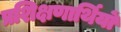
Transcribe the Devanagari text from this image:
प्रशिक्षणार्थियों